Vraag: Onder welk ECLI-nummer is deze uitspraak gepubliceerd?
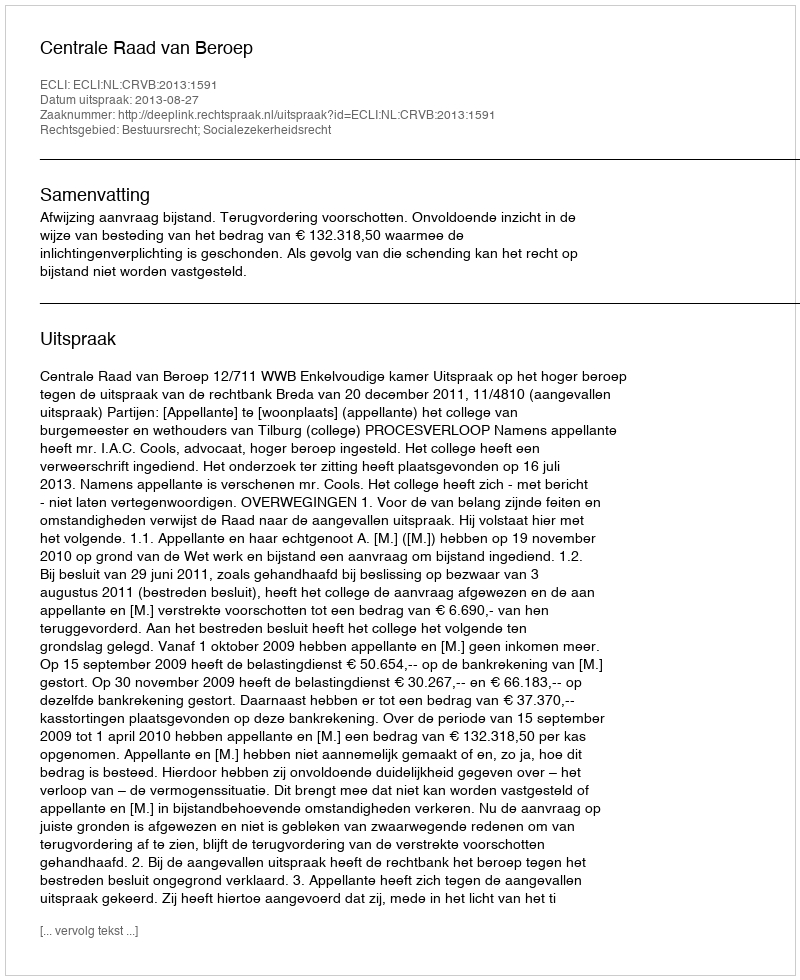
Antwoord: ECLI:NL:CRVB:2013:1591